Indian journal of veterinary science and animal husbandry - Volume 9,
Year: 1939
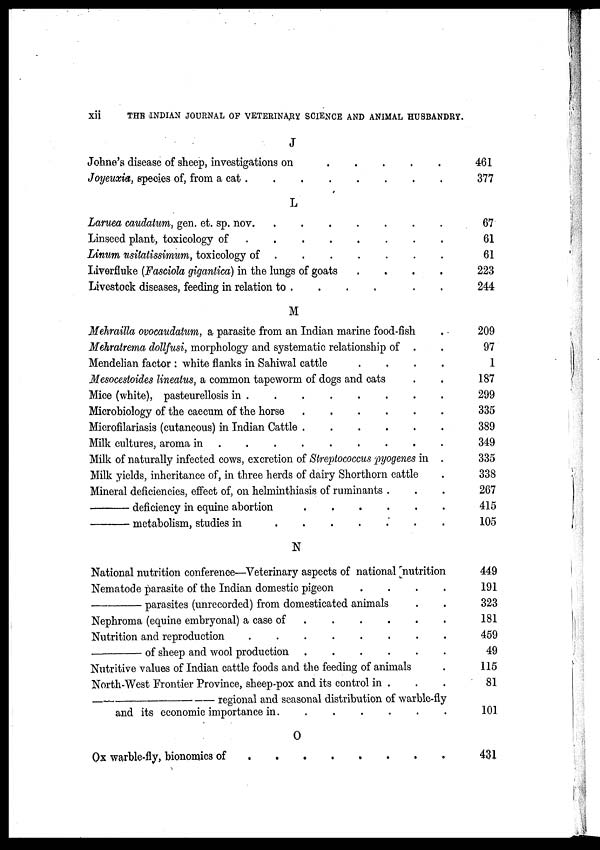
xii
THE INDIAN JOURNAL OF VETERINARY SCIENCE AND ANIMAL HUSBANDRY.
J
Johne's disease of sheep, investigations on . . . . .
Joyeuxia, species of, from a cat
.
.
.
.
.
.
.
.
L
Laruea caudatum, gen. et. sp. nov.
.
.
.
.
.
.
.
Linseed plant, toxicology of
.
.
.
.
.
.
.
.
Linum usitatissimum, toxicology of
.
.
.
.
.
.
.
Liverfluke (Fasciola gigantica) in the lungs of goats . . . .
Livestock diseases, feeding in relation to . . . . . . .
M
Mehrailla ovocaudatum, a parasite from an Indian marine food-fish .
Mehratrema dollfusi, morphology and systematic relationship of . .
Mendelian factor : white flanks in Sahiwal cattle . . . .
Mesocestoides lineatus, a common tapeworm of dogs and cats . .
Mice (white), pasteurellosis in
.
.
.
.
.
.
.
.
Microbiology of the caecum of the horse
.
.
.
.
.
.
Microfilariasis (cutaneous) in Indian Cattle
.
.
.
.
.
.
Milk cultures, aroma in
.
.
.
.
.
.
.
.
.
Milk of naturally infected cows, excretion of Streptococcus pyogenes in .
Milk yields, inheritance of, in three herds of dairy Shorthorn cattle .
Mineral deficiencies, effect of, on helminthiasis of ruminants . . .
—
deficiency in equine abortion
.
.
.
.
.
.
—
metabolism, studies in
.
.
.
.
.
.
.
.
N
National nutrition conference—Veterinary aspects of national nutrition
Nematode parasite of the Indian domestic pigeon . . . .
—
parasites (unrecorded) from domesticated animals . .
Nephroma (equine embryonal) a case of
.
.
.
.
.
.
Nutrition and reproduction
.
.
.
.
.
.
.
.
—
of sheep and wool production
.
.
.
.
.
.
Nutritive values of Indian cattle foods and the feeding of animals .
North-West Frontier Province, sheep-pox and its control in . . .
—
regional and seasonal distribution of warble-fly
and its economic importance in. . . . . . .
O
Ox warble-fly, bionomics of
.
.
.
.
.
.
.
.
461
377
67
61
61
223
244
209
97
1
187
299
335
389
349
335
338
267
415
105
449
191
323
181
459
49
115
81
101
431